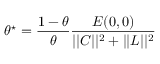
\theta ^ { \star } = \frac { 1 - \theta } { \theta } \frac { E ( 0 , 0 ) } { | | C | | ^ { 2 } + | | L | | ^ { 2 } }